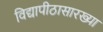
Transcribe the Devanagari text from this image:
विद्यापीठासारख्या